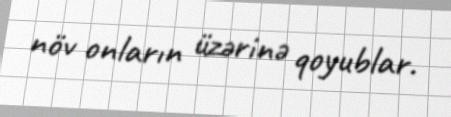
növ onların üzərinə qoyublar.